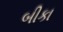
બીકા